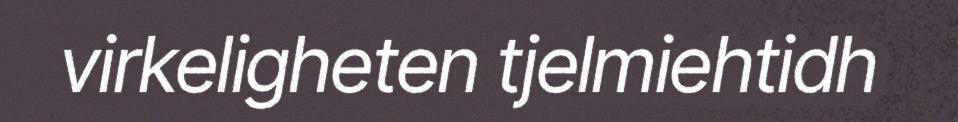
virkeligheten tjelmiehtidh